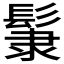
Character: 𩭞